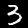
Digit: 3